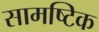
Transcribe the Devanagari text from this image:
सामष्टिक